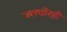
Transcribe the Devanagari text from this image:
जलचोरही